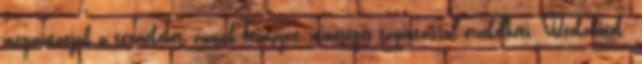
megmutatják a termékeket, annak formáját, minőségét tapintással érzékelheti. Videókabinok: